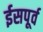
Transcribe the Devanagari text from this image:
ईसपूर्व